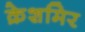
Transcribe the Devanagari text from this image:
क्रेशमिर